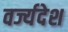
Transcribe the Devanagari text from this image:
वर्ज्यदेश